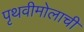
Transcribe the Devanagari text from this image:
पृथवीमोलाची